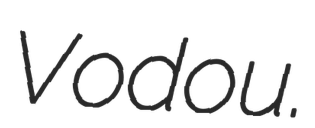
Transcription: Vodou.